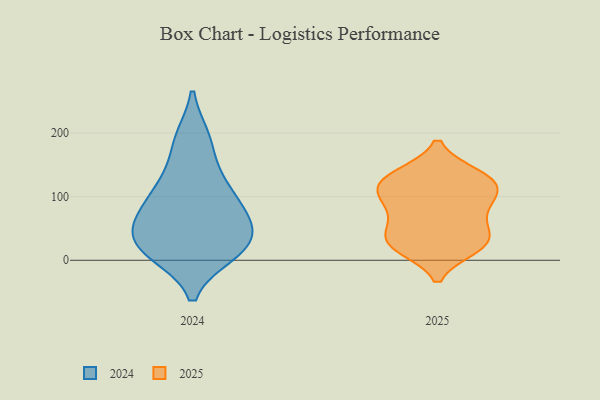
{"axis": {"x": "Churn Rate (%)", "y": "Value"}, "legend": ["2024", "2025"], "data": [{"x": "", "y": 29, "type": "2025"}, {"x": "", "y": 134, "type": "2025"}, {"x": "", "y": 20, "type": "2025"}, {"x": "", "y": 107, "type": "2025"}, {"x": "", "y": 23, "type": "2025"}, {"x": "", "y": 98, "type": "2025"}, {"x": "", "y": 25, "type": "2025"}, {"x": "", "y": 53, "type": "2025"}, {"x": "", "y": 78, "type": "2025"}, {"x": "", "y": 132, "type": "2025"}, {"x": "", "y": 117, "type": "2025"}, {"x": "", "y": 39, "type": "2025"}, {"x": "", "y": 132, "type": "2025"}, {"x": "", "y": 113, "type": "2025"}, {"x": "", "y": 78, "type": "2025"}, {"x": "", "y": 120, "type": "2024"}, {"x": "", "y": 103, "type": "2024"}, {"x": "", "y": 38, "type": "2024"}, {"x": "", "y": 11, "type": "2024"}, {"x": "", "y": 69, "type": "2024"}, {"x": "", "y": 189, "type": "2024"}, {"x": "", "y": 15, "type": "2024"}, {"x": "", "y": 13, "type": "2024"}, {"x": "", "y": 22, "type": "2024"}, {"x": "", "y": 85, "type": "2024"}, {"x": "", "y": 32, "type": "2024"}, {"x": "", "y": 191, "type": "2024"}, {"x": "", "y": 133, "type": "2024"}, {"x": "", "y": 64, "type": "2024"}, {"x": "", "y": 62, "type": "2024"}]}